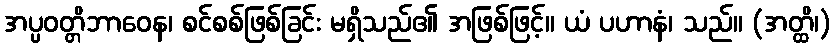
အပ္ပဝတ္တိဘာဝေန၊ စင်စစ်ဖြစ်ခြင်း မရှိသည်၏ အဖြစ်ဖြင့်။ ယံ ပဟာနံ၊ သည်။ (အတ္ထိ၊)